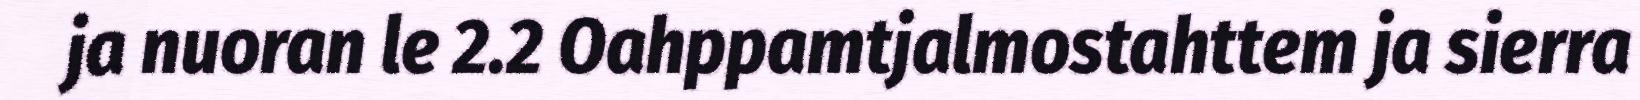
ja nuoran le 2.2 Oahppamtjalmostahttem ja sierra